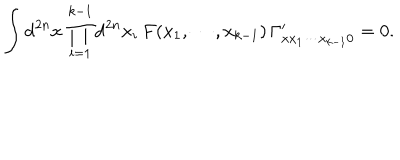
LaTeX: \int \mathrm { d } ^ { 2 n } x \, \prod _ { i = 1 } ^ { k - 1 } \mathrm { d } ^ { 2 n } x _ { i } \, F ( x _ { 1 } , \cdots , x _ { k - 1 } ) \, \Gamma _ { x x _ { 1 } \cdots x _ { k - 1 } 0 } ^ { \prime } = 0 .